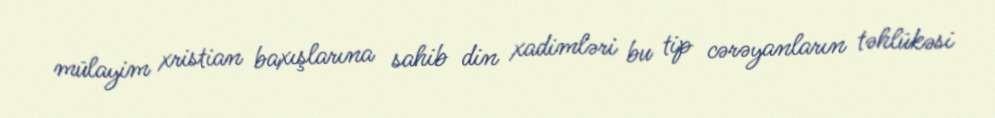
mülayim xristian baxışlarına sahib din xadimləri bu tip cərəyanların təhlükəsi